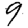
Digit: 9